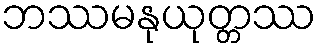
ဘဿမနုယုတ္တဿ